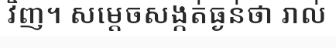
វិញ។ សម្តេចសង្កត់ធ្ងន់ថា រាល់